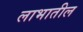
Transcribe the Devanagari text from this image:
लाभातील